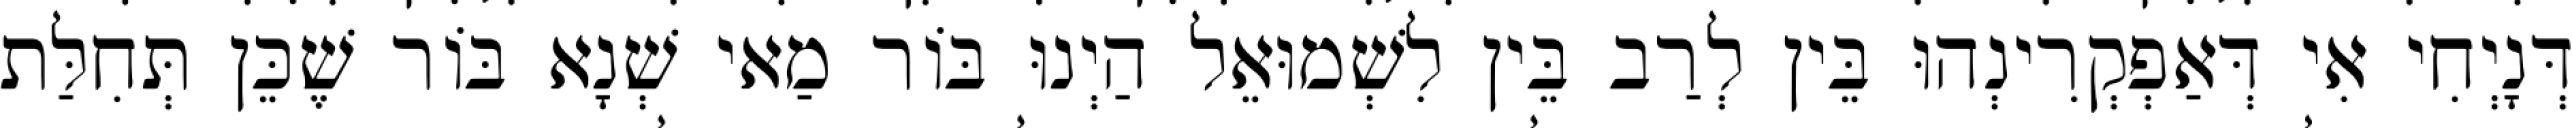
דְּנָיְחִי אִי דְּאַפְקְרִינְהוּ בֵּין לְרַב בֵּין לִשְׁמוּאֵל הַיְנוּ בּוֹר מַאי שְׁנָא בּוֹר שֶׁכֵּן תְּחִלַּת